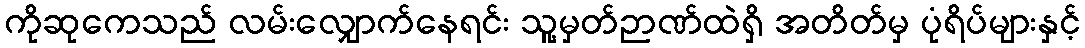
ကိုဆုကေသည် လမ်းလျှောက်နေရင်း သူ့မှတ်ဉာဏ်ထဲရှိ အတိတ်မှ ပုံရိပ်များနှင့်